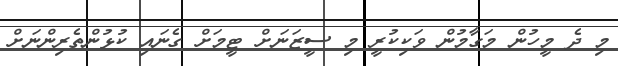
މި ދެ މީހުން މަގާމުން ވަކިކުރީ މި ސީޒަނަށް ޓީމަށް ގެނައި ކުޅުންތެރިންނަށް